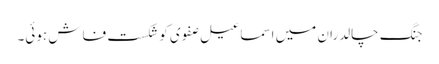
جنگ چالدران میں اسماعیل صفوی کو شکست فاش ہوئی۔